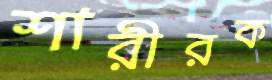
শারীরক